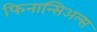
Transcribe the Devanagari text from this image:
फिनान्सिअल्स